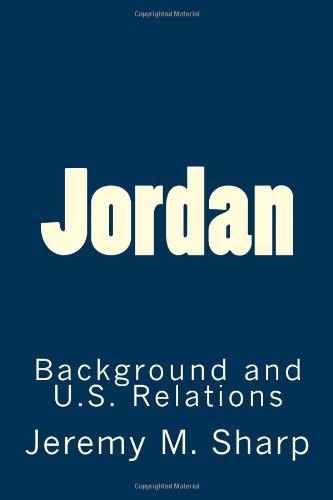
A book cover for Jordan: Background and U.S. Relations; Jeremy M. Sharp; History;